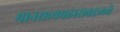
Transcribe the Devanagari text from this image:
मानसव्यवहाराबद्दलचे